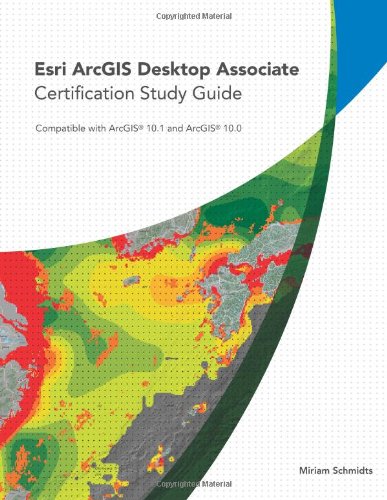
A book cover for Esri ArcGIS Desktop Associate Certification Study Guide; Miriam Schmidts; Engineering & Transportation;